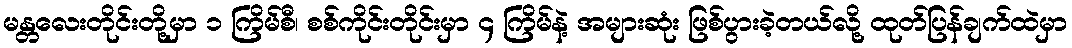
မန္တလေးတိုင်းတို့မှာ ၁ ကြိမ်စီ၊ စစ်ကိုင်းတိုင်းမှာ ၄ ကြိမ်နဲ့ အများဆုံး ဖြစ်ပွားခဲ့တယ်လို့ ထုတ်ပြန်ချက်ထဲမှာ